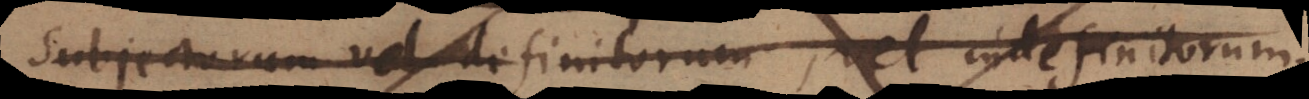
Subjectorum vel definitorum, vel indefinitorum.